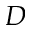
D